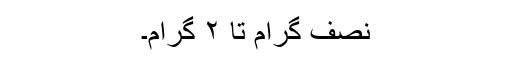
نصف گرام تا ۲ گرام۔